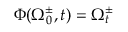
\Phi ( \Omega _ { 0 } ^ { \pm } , t ) = \Omega _ { t } ^ { \pm }